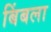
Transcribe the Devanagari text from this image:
बिंबला